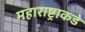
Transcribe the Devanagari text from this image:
महाराष्ट्राकडे